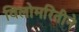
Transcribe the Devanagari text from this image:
विलोमरितीने